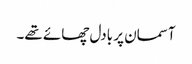
آسمان پر بادل چھائے تھے۔